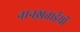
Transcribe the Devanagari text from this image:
नानख़ताईयों